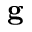
\mathbf { g }